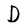
Character: D